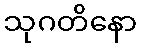
သုဂတိနော